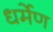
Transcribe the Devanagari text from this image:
धर्मेण